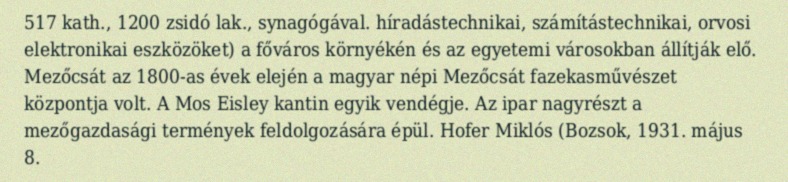
517 kath., 1200 zsidó lak., synagógával. híradástechnikai, számítástechnikai, orvosi elektronikai eszközöket) a főváros környékén és az egyetemi városokban állítják elő. Mezőcsát az 1800-as évek elején a magyar népi Mezőcsát fazekasművészet központja volt. A Mos Eisley kantin egyik vendégje. Az ipar nagyrészt a mezőgazdasági termények feldolgozására épül. Hofer Miklós (Bozsok, 1931. május 8.